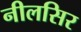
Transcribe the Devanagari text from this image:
नीलसिर